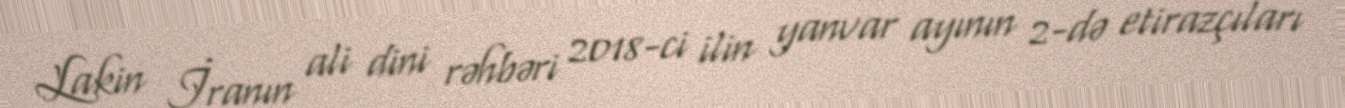
Lakin İranın ali dini rəhbəri 2018-ci ilin yanvar ayının 2-də etirazçıları